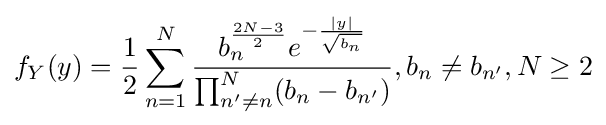
f_{Y}(y)={\frac {1}{2}}\sum _{n=1}^{N}{\frac {b_{n}^{\frac {2N-3}{2}}e^{-{\frac {|y|}{\sqrt {b_{n}}}}}}{\prod _{n'\neq n}^{N}(b_{n}-b_{n'})}},b_{n}\neq b_{n'},N\geq 2